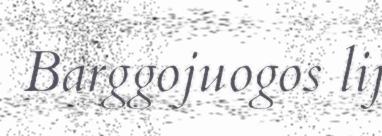
Barggojuogos lij